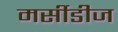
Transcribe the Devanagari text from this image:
मर्सीडीज